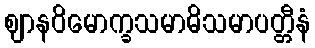
ဈာနဝိမောက္ခသမာဓိသမာပတ္တီနံ